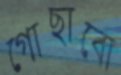
গোছাবো